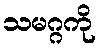
သမဂ္ဂကို